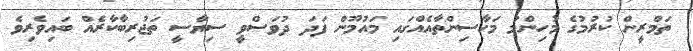
ތަމްރީން ކުރުމުގެ މުހިންމު މަހާސިންތާއެއްގައި މައުމޫން ފަދަ ދުވަސްވީ ސިޔާސީ ތަޖުރިބާކާރެއް ބައިވެރިވެ